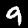
Label: 9